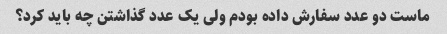
ماست دو عدد سفارش داده بودم ولی یک عدد گذاشتن چه باید کرد؟